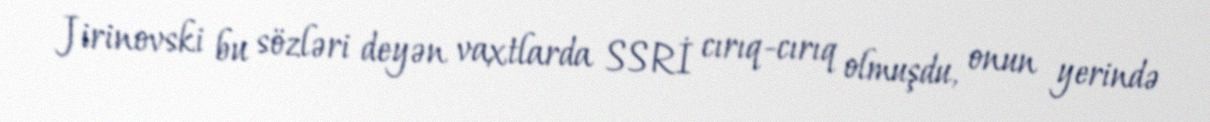
Jirinovski bu sözləri deyən vaxtlarda SSRİ cırıq-cırıq olmuşdu, onun yerində